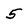
Character: 5